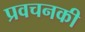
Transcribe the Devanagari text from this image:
प्रवचनकी